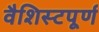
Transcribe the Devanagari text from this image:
वैशिस्टपूर्ण